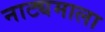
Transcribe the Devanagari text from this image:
नाट्यमाला